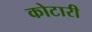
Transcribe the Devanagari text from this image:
कोटारी